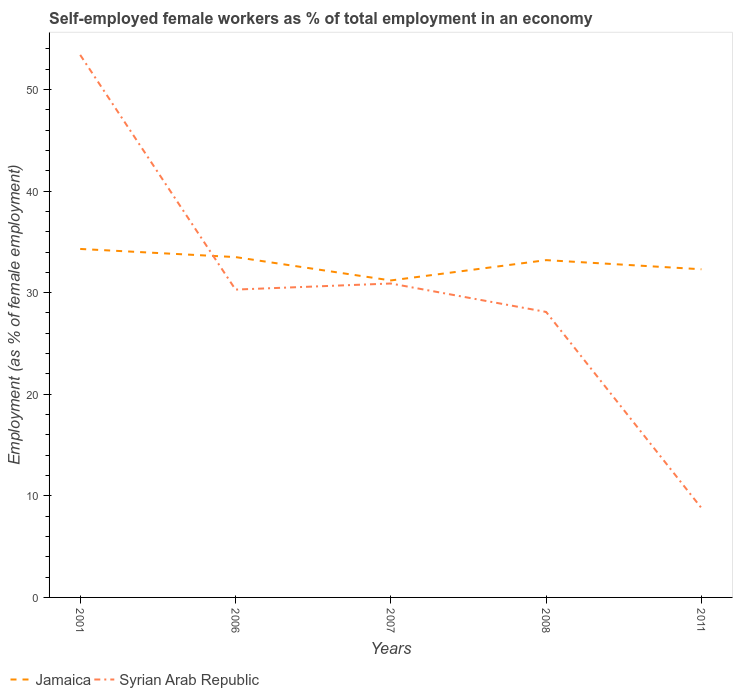
| Years | Jamaica | Syrian Arab Republic |
 | --- | --- | --- |
 | 2001 | 34.3 | 53.4 |
 | 2006 | 33.5 | 30.3 |
 | 2007 | 31.2 | 30.9 |
 | 2008 | 33.2 | 28.1 |
 | 2011 | 32.3 | 8.8 |